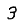
Digit: 3